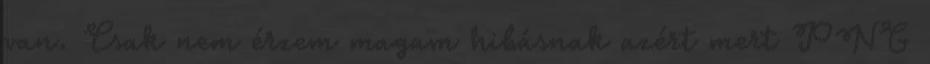
van. Csak nem érzem magam hibásnak azért mert PNG